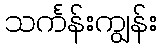
သင်္ကန်းကျွန်း